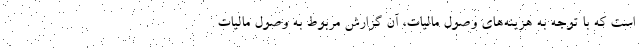
است که با توجه به هزینه‌های وصول مالیات، آن گزارش مربوط به وصول مالیات